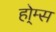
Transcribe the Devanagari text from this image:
हो्म्स